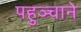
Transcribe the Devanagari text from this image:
पहुञ्चाने